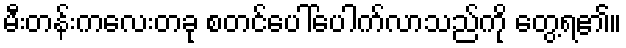
မီးတန်းကလေးတခု စတင်ပေါ်ပေါက်လာသည်ကို တွေ့ရ၏။